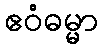
ဧဝံဓမ္မာ